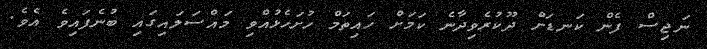
ނަޖިސް ފެން ކަނޑަށް ދޫކުރެވިދާނެ ކަމަށް ހައިތަމް ހުށަހެޅުއްވި މައްސަލައިގައި ބުނެފައިވެ އެވެ.